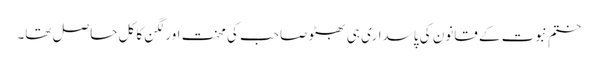
ختمِ نبوت کے قانون کی پاسداری ہی بھٹو صاحب کی محنت اور لگن کا کل حاصل تھا۔